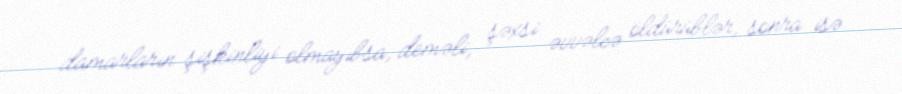
damarların şişkinliyi olmayıbsa, deməli, şəxsi əvvəlcə öldürüblər, sonra isə